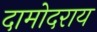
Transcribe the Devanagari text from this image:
दामोदराय